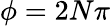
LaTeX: \phi=2N\pi